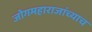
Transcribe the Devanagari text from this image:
जोगमहाराजांच्याच